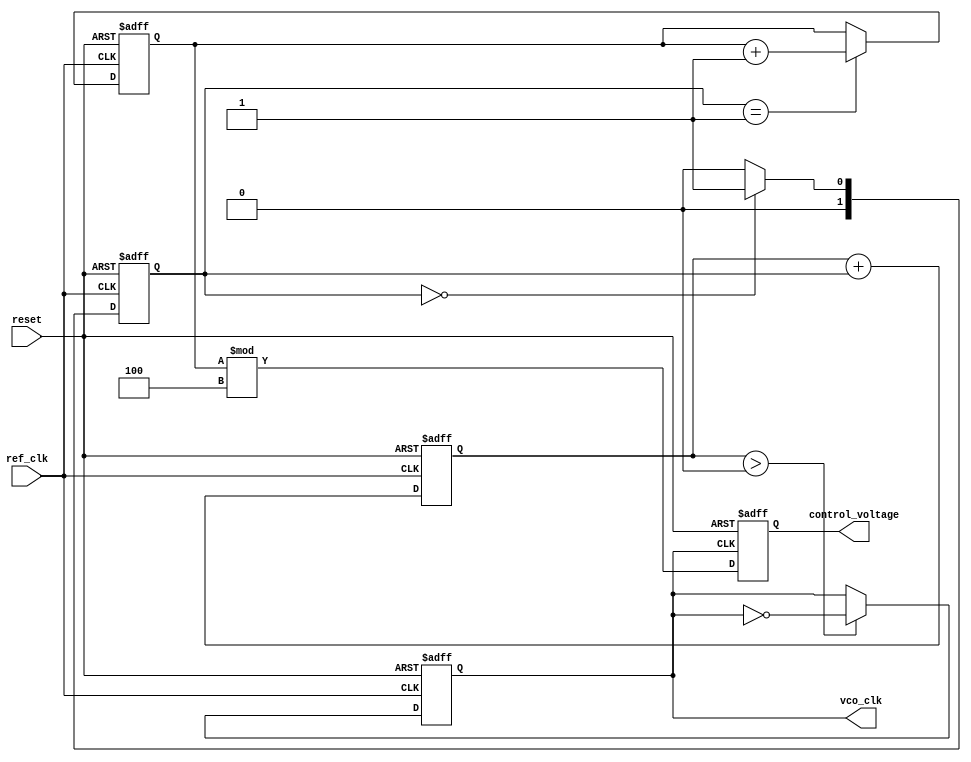
module frac_n_pll #
(
    parameter REFERENCE_FREQ = 50e6, // Reference frequency in Hz
    parameter VCO_MAX_FREQ = 2e9,     // Maximum VCO frequency in Hz
    parameter VCO_MIN_FREQ = 100e6,   // Minimum VCO frequency in Hz
    parameter N = 4,                   // Integer division factor
    parameter D = 1,                   // Numerator for fractional division
    parameter M = 2                    // Denominator for fractional division
)
(
    input wire ref_clk,                 // Reference clock input
    input wire reset,                   // Reset input
    output reg vco_clk,                 // Output clock from VCO
    output reg [31:0] control_voltage    // Control voltage output
);

    // State definitions for the phase detector
    reg [1:0] phase_error; // Phase error output
    reg [31:0] vco_control; // Control signal for VCO
    reg [31:0] feedback_divider; // Feedback divider output

    // Phase Detector (PFD) implementation
    always @(posedge ref_clk or posedge reset) begin
        if (reset) begin
            phase_error <= 2'b00; // Reset phase error
            feedback_divider <= 0; // Reset feedback divider
        end
        else begin
            // Placeholder logic for phase error detection
            // Assuming we have a simple phase error approximation:
            phase_error <= (phase_error == 2'b00) ? 2'b01 : 2'b00; // Example toggling behavior
            
            // Update feedback divider based on phase error
            feedback_divider <= (phase_error == 2'b01) ? feedback_divider + 1 : feedback_divider;
        end
    end

    // Loop Filter (LF) implementation - simple first order filter
    always @(posedge ref_clk or posedge reset) begin
        if (reset) begin
            vco_control <= 32'd0; // Reset control voltage
        end
        else begin
            // Simple proportional control; could be replaced with a more sophisticated filter
            vco_control <= vco_control + phase_error; // Example control voltage adjustment
        end
    end

    // Voltage-Controlled Oscillator (VCO) simulation
    always @(posedge ref_clk or posedge reset) begin
        if (reset) begin
            vco_clk <= 1'b0; // Reset VCO clock
        end
        else begin
            // VCO clock frequency control (very simplified)
            vco_clk <= (vco_control > 32'd0) ? ~vco_clk : vco_clk;    
        end
    end

    // Feedback frequency division
    always @(posedge vco_clk or posedge reset) begin
        if (reset) begin
            control_voltage <= 32'd0; // Reset control voltage output
        end
        else begin
            control_voltage <= (feedback_divider % (N + D/M)); // Feedback via fractional division 
        end
    end

endmodule